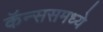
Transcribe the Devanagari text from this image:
कॅन्ससमध्ये